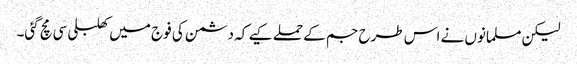
لیکن مسلمانوں نے اس طرح جم کے حملے کیے کہ دشمن کی فوج میں کھلبلی سی مچ گئی۔